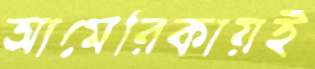
আমেরিকায়ই